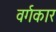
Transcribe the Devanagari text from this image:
वर्गकार